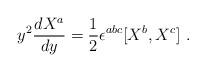
LaTeX: \begin{align*}y^2\frac{dX^a}{dy} = \frac12 \epsilon^{abc} [X^b,X^c] \ .\end{align*}